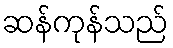
ဆန်ကုန်သည်